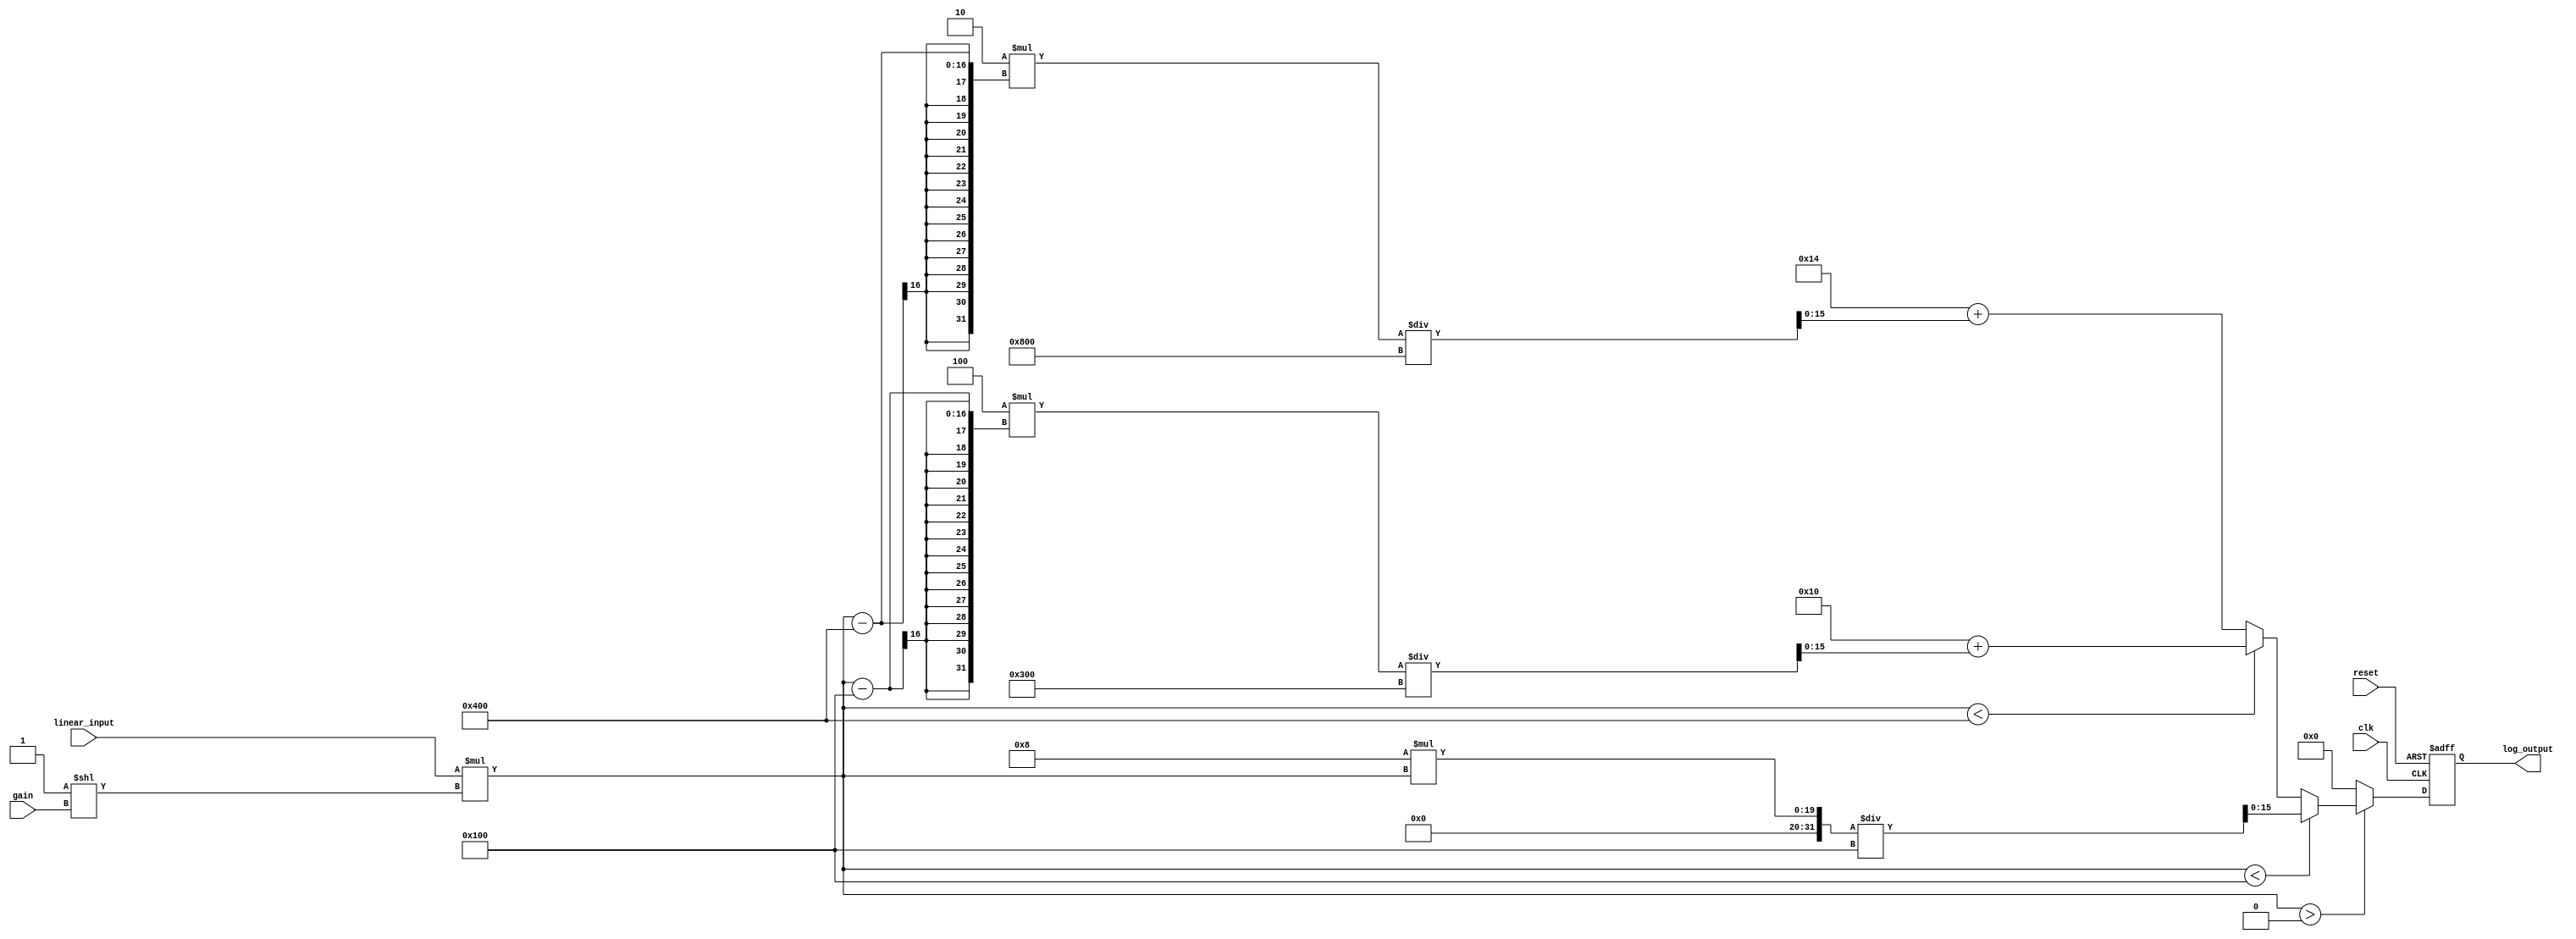
module LogarithmicAmplifier (
    input wire [15:0] linear_input,  // 16-bit linear input signal
    input wire clk,                  // Clock signal
    input wire reset,                // Reset signal
    input wire [3:0] gain,           // Gain control (0-15)
    output reg [15:0] log_output     // 16-bit logarithmic output signal
);

    // Internal signals
    reg [15:0] scaled_input;
    reg [15:0] log_value;

    // Logarithmic approximation using piecewise linear segments
    always @(posedge clk or posedge reset) begin
        if (reset) begin
            log_output <= 16'b0;
        end else begin
            // Scale the input based on gain
            scaled_input = linear_input * (1 << gain); // Simple scaling

            // Logarithmic approximation
            if (scaled_input > 0) begin
                // Example piecewise linear approximation
                if (scaled_input < 256) begin
                    log_value = 8 * scaled_input / 256; // Approximation for small values
                end else if (scaled_input < 1024) begin
                    log_value = 16 + (4 * (scaled_input - 256) / 768); // Approximation for medium values
                end else begin
                    log_value = 20 + (2 * (scaled_input - 1024) / 2048); // Approximation for large values
                end
            end else begin
                log_value = 16'b0; // Log(0) is undefined, set to 0
            end

            // Output the logarithmic value
            log_output <= log_value;
        end
    end

endmodule